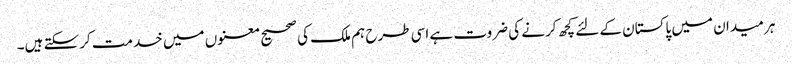
ہر میدان میں پاکستان کے لئے کچھ کرنے کی ضروت ہے اسی طرح ہم ملک کی صحیح معنوں میں خدمت کرسکتے ہیں۔